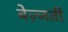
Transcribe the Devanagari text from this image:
बेज़्जती